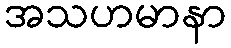
အသဟမာနာ